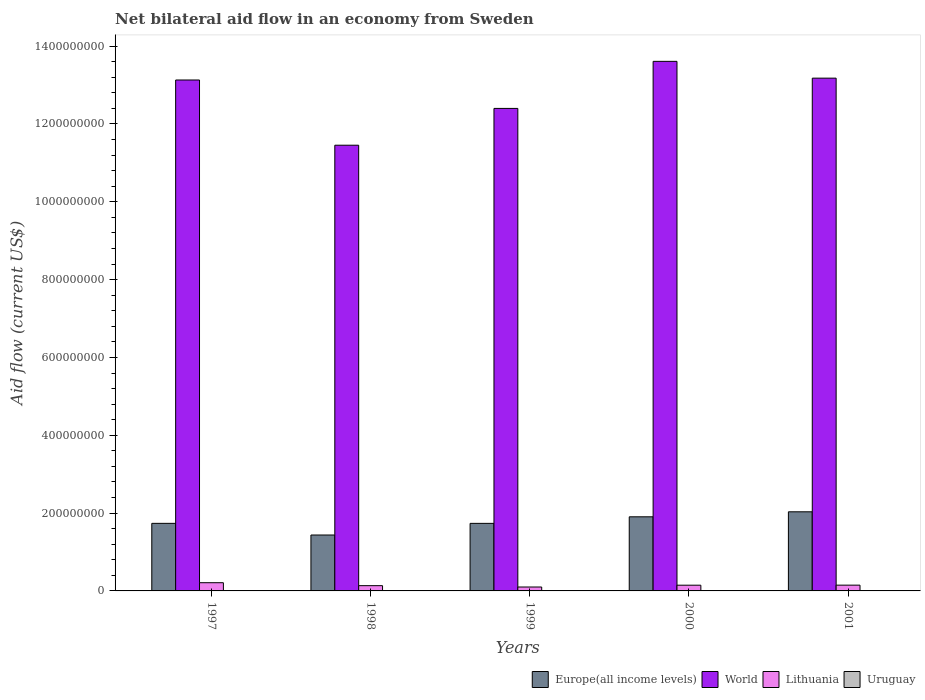
| Years | Europe(all income levels) | World | Lithuania | Uruguay |
 | --- | --- | --- | --- | --- |
 | 1997 | 1.74e+08 | 1.31e+09 | 2.11e+07 | 9.2e+05 |
 | 1998 | 1.44e+08 | 1.15e+09 | 1.35e+07 | 4.3e+05 |
 | 1999 | 1.74e+08 | 1.24e+09 | 1e+07 | 1.1e+05 |
 | 2000 | 1.9e+08 | 1.36e+09 | 1.47e+07 | 1.3e+05 |
 | 2001 | 2.03e+08 | 1.32e+09 | 1.48e+07 | 7e+04 |